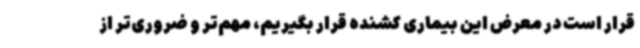
قرار است در معرض این بیماری کشنده قرار بگیریم، مهم‌تر و ضروری‌تر از